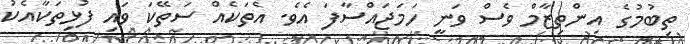
ތިބުމުގެ އިންތިޒާމް ވެސް ވަނީ ހަމަޖައްސާފަ އެވެ. އެތަކެއް ސަތޭކަ ވައި ފުޅިތަކާއެކު